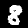
Label: 8